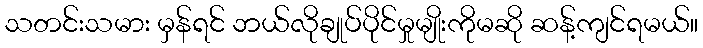
သတင်းသမား မှန်ရင် ဘယ်လိုချုပ်ပိုင်မှုမျိုးကိုမဆို ဆန့်ကျင်ရမယ်။